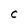
Character: C